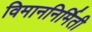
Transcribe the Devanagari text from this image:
विमाननिर्मिती